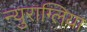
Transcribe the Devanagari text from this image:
न्युराग्लिया